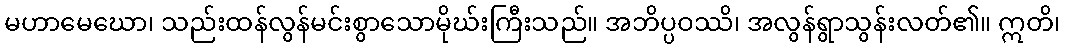
မဟာမေဃော၊ သည်းထန်လွန်မင်းစွာသောမိုဃ်းကြီးသည်။ အဘိပ္ပဝဿိ၊ အလွန်ရွာသွန်းလတ်၏။ ဣတိ၊